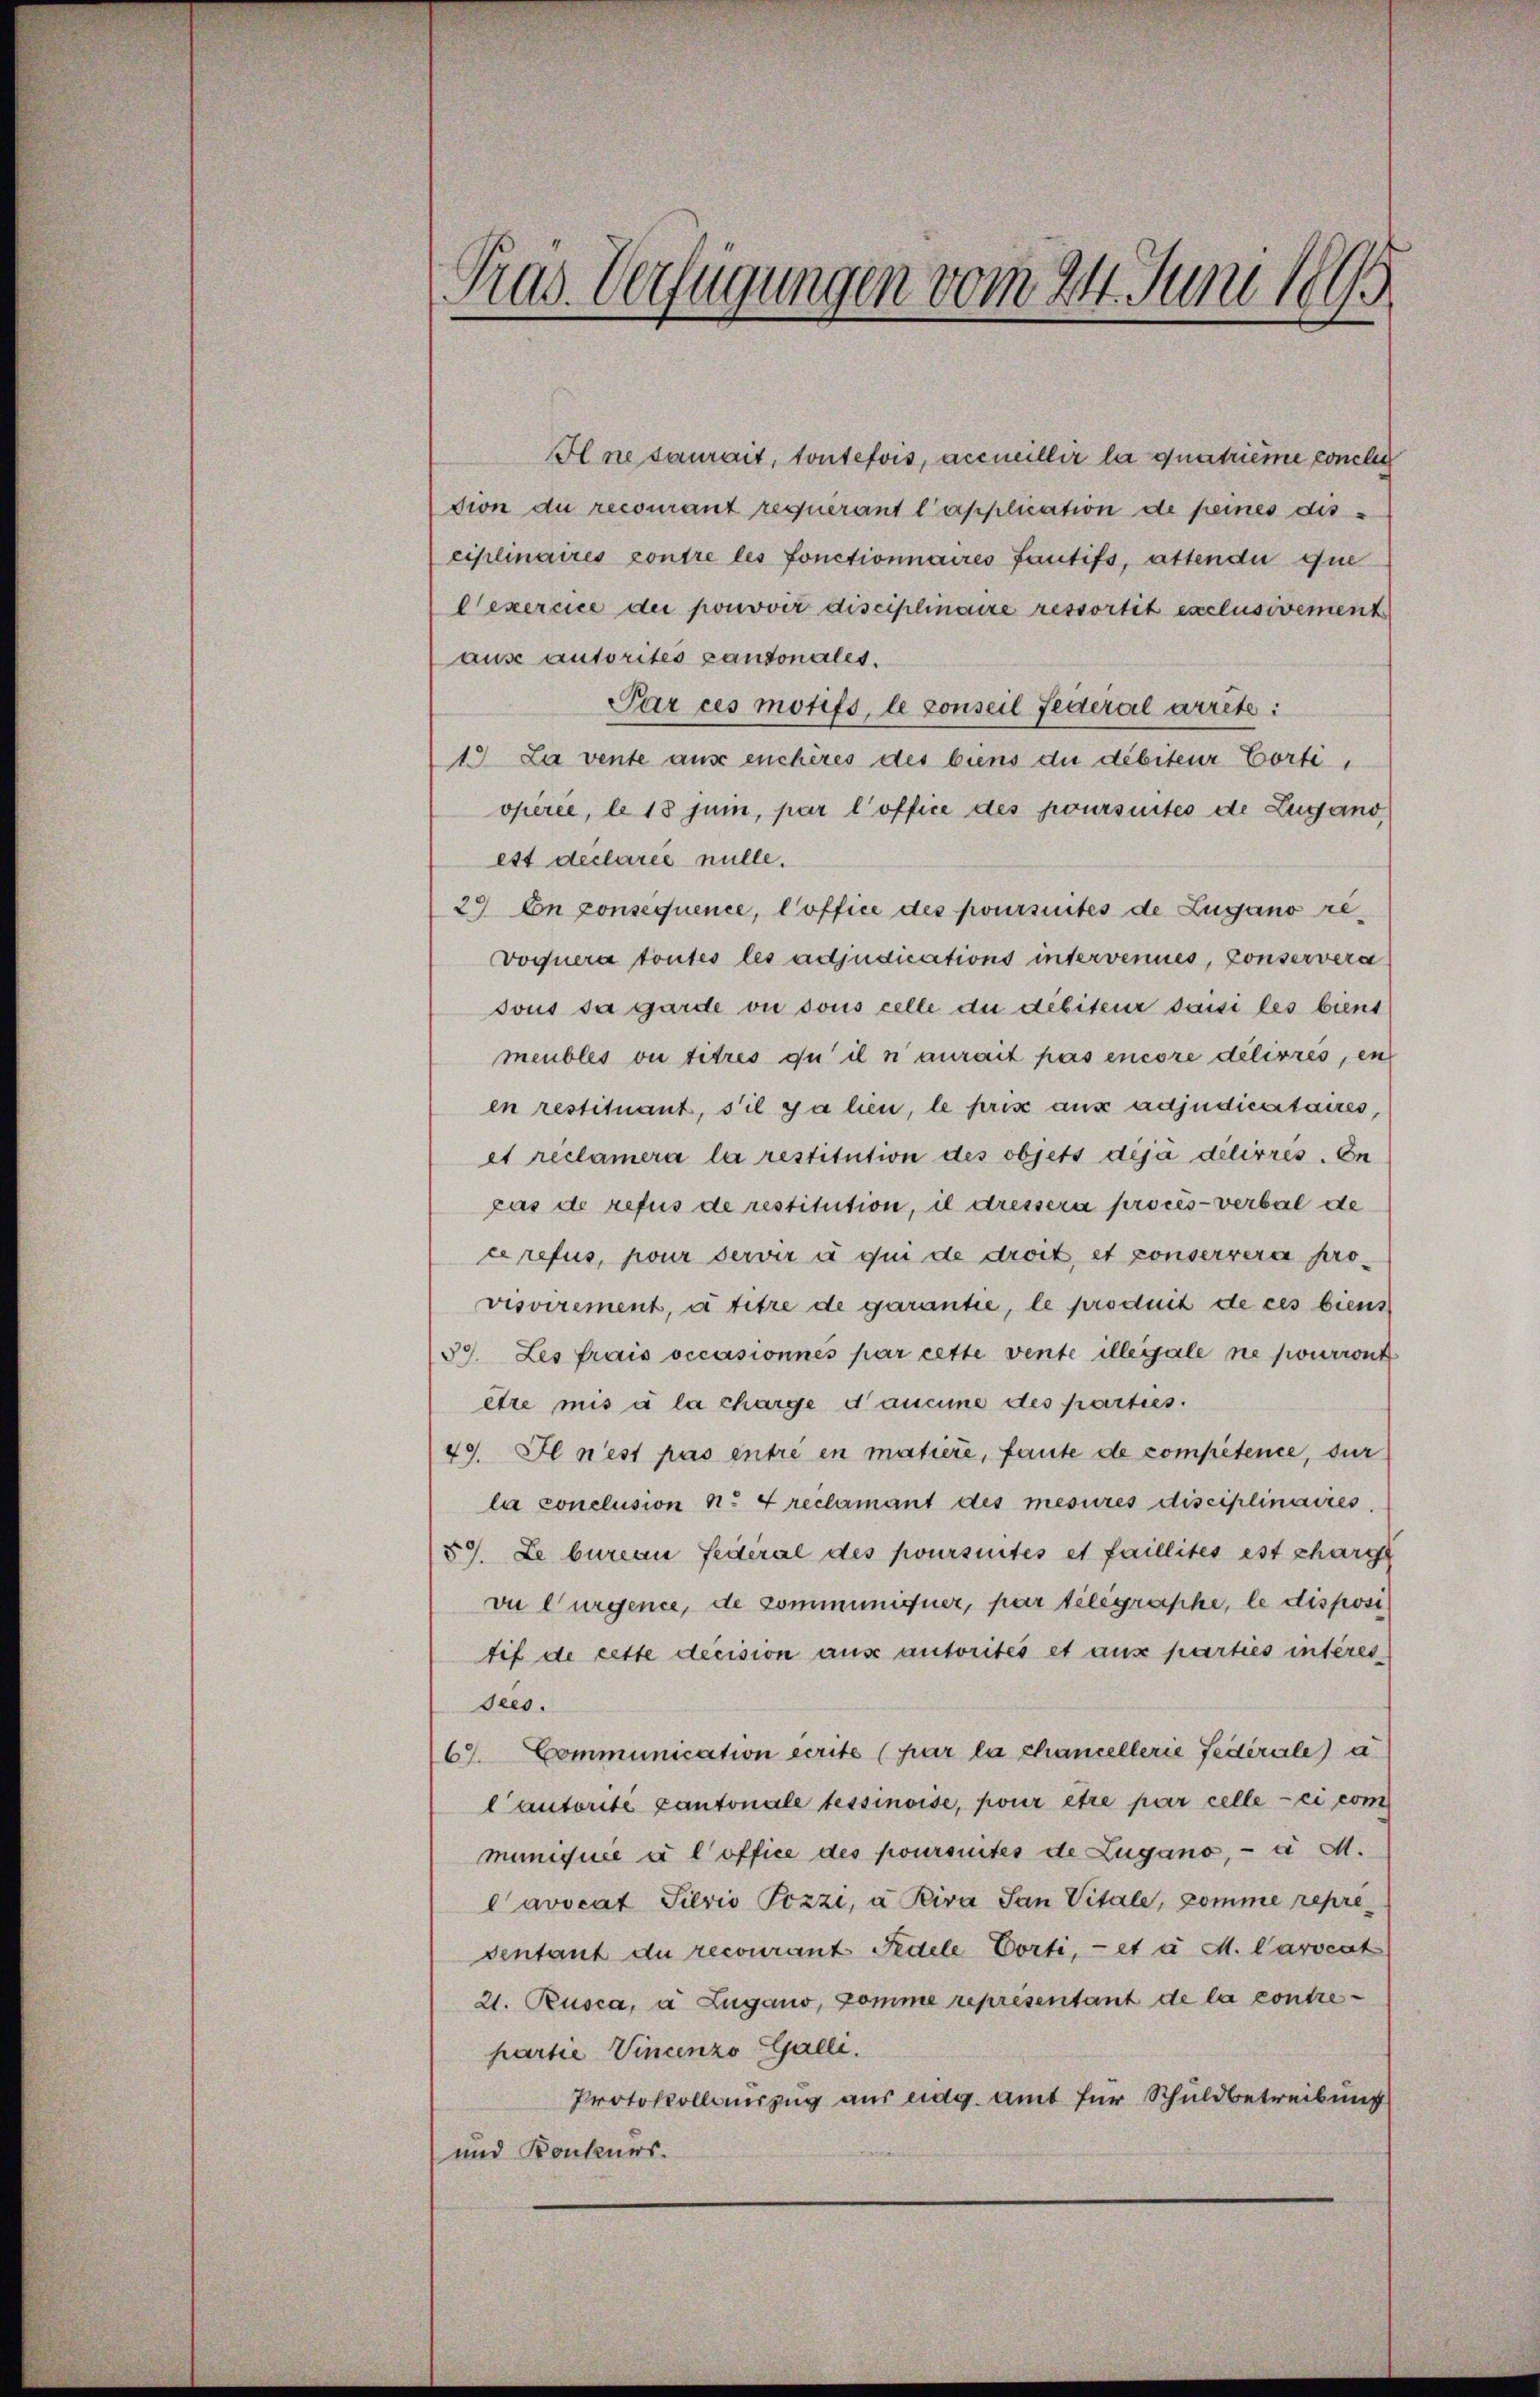
Il ne saurait, toutefois, accueillir la quatrième conclu
dion du recourant requerant l’application de peines disciplinaires contre les fonctionnaires Fautifs, attendii que
Cexercice der pouvoir disciplinaire ressortit exclusivement
ause autorites Cantonales.
Par ces motifs, le conseil federal arrête:
1. La vente aus enchères des biens du débiteur Cortiopérée, le 18 Juni, par l’office des poursuites de Lugand,
ett declarée nulle.
29. On ponsequence, Coffice des poursuites de Zugano re¬
Voquera toutes les adjudications intervenues, Conservera
sous sa garde vi sous celle du débiteur darsi les bient
meubles ou titres qu’ il n’aurait pas encore délivres, en
en restituant, sie galien, le pris aus adjudicataires,
et reclamera la restitution des objets déjà dilirres. En
cas de refus de restitution, il dressera procès-verbal de
cerefus, pour servir à qui de droit, et conservera provisvirement, à titre de garantie, le produit de ces biens
39. Les frais occasionnés par cette vente illegale ne pourront
être mis à la charge d’aucune des parties.
49. Il n’est pas entré en matiere, faute de compétence, dur
la conclusion n. 4 reclamant des mesures disciplinaires
59. Le bureau festeral des poursuites et faillités est charg
vu Curgence, de communiquer, par telegraphe, le disposi
tif de cette decision aus autorités et aus parties interes
sees.
63. Communication écrite (par la chancellerie Federale) a
l’autorité Cantonale tessinoise, pour être par celle-ci com
muniquée à l’office des poursuites de Lugano, - a M.
avocat Silvio Pozzi, a. Riva San Vitale, komme repreventant du recourant Pedele Porti, et a M. Parocat
21. Rusca, a. Zugano, Pomme représentant de la contrepartie Vincenzo Galli.
Protokollauszug aus eidg. Amt für Schuldbetreibung
und Konkurs.

Pras. Verfügungen vom 24. Juni 1895